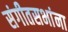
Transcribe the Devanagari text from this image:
संगीतसभांना